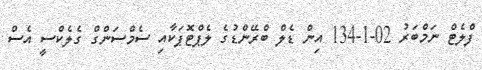
ފްލެޓް ނަމްބަރު 02-1-134 އިން ޑެލް ބްރޭންޑުގެ ލެޕްޓޮޕަކާއި ސެމްސަންގް ގެލެކްސީ އެސް